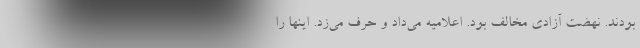
بودند. نهضت آزادی مخالف بود. اعلامیه می‌داد و حرف می‌زد. اینها را